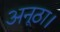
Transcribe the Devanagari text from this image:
अनूठा।